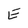
Character: E